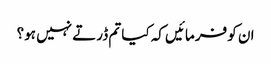
ان کو فرمائیں کہ کیا تم ڈرتے نہیں ہو؟